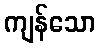
ကျန်သော